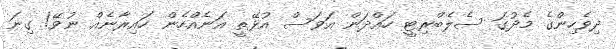
ދިވެހިންގެ މެދުގަ ސެލެބްރިޓީ ހައްދަން އަވަސް އުޅޭތީ އަނެއްހެން ހައިރާނެއް ނުވޭ! ގިނަ